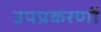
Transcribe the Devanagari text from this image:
उपप्रकरणों